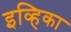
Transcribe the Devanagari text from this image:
इव्हिका